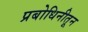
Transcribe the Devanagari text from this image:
प्रबोधिनीतून